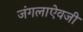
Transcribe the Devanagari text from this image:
जंगलाऐवजी